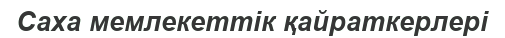
Саха мемлекеттік қайраткерлері